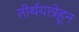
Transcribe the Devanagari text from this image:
तीर्थयात्रेहून